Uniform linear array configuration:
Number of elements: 32
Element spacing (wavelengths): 1
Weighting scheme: uniform
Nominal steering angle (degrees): -45
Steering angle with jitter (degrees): -45.511
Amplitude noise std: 0.05
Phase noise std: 0.05

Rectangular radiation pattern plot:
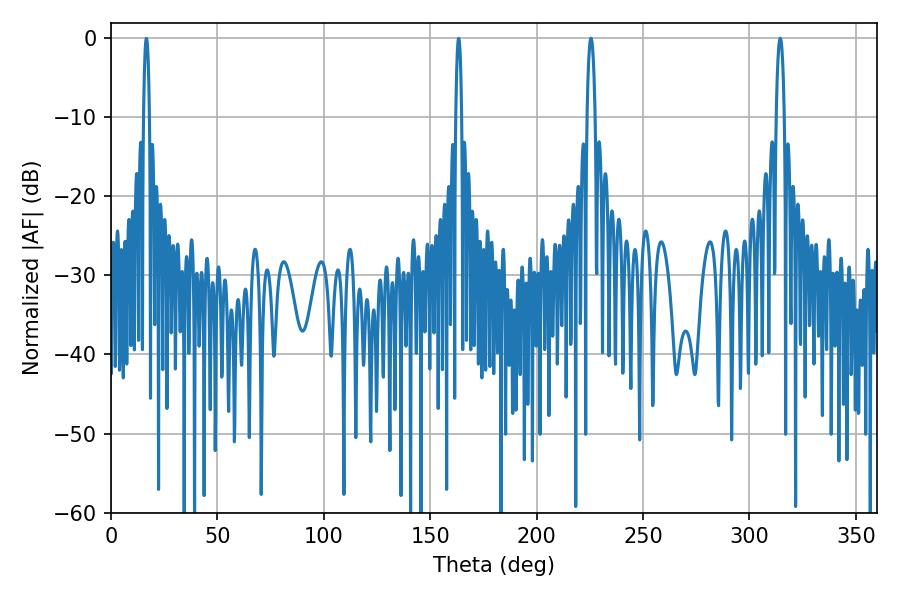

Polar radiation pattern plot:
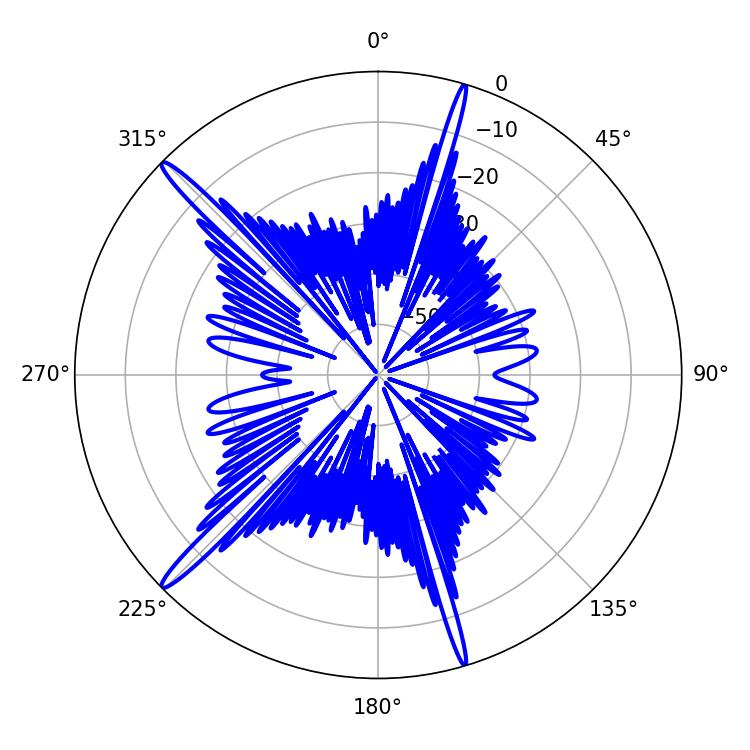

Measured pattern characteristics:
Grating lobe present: TRUE
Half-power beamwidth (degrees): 2.16
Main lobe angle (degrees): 314.46